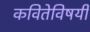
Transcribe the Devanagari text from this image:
कवितेविषयी